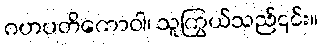
ဂဟပတိကောဝါ၊ သူကြွယ်သည်၎င်း။